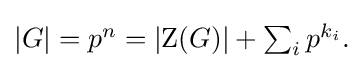
{\textstyle |G|=p^{n}=|{\operatorname {Z} (G)}|+\sum _{i}p^{k_{i}}.}